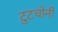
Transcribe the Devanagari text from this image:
टुटचोनी